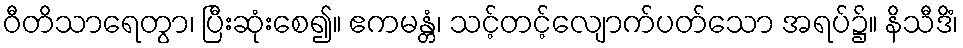
ဝီတိသာရေတွာ၊ ပြီးဆုံးစေ၍။ ဧကမန္တံ၊ သင့်တင့်လျောက်ပတ်သော အရပ်၌။ နိသီဒိံ၊